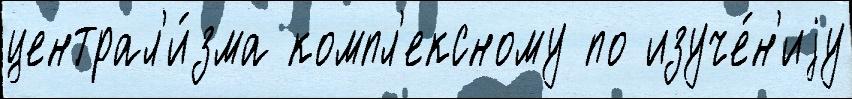
централ'и́зма компл'ексному по изуче́н'иjу